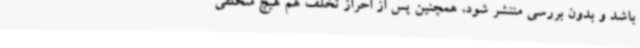
باشد و بدون بررسی منتشر شود، همچنین پس از احراز تخلف هم هیچ متخلفی